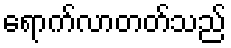
ရောက်လာတတ်သည်